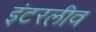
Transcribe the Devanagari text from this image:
इंटरलीव